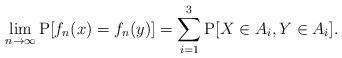
LaTeX: \begin{align*}\lim_{n \to \infty} \mathrm{P}[f_n(x) = f_n(y)] = \sum_{i=1}^3 \mathrm{P}[X \in A_i, Y \in A_i].\end{align*}